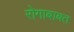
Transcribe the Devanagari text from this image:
रोगाबाबत